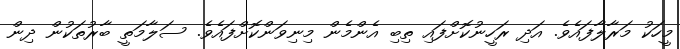
މީހަކު މަރާލާފައެވެ. އަދި ރަހީނުކޮށްފައި ތިބި އެންމެން މިނިވަންކޮށްފައެވެ. ސަލާމަތީ ބާރުތަކުން ދިން